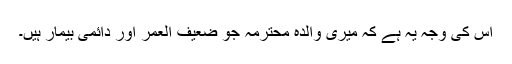
اس کی وجہ یہ ہے کہ میری والدہ محترمہ جو ضعیف العمر اور دائمی بیمار ہیں۔